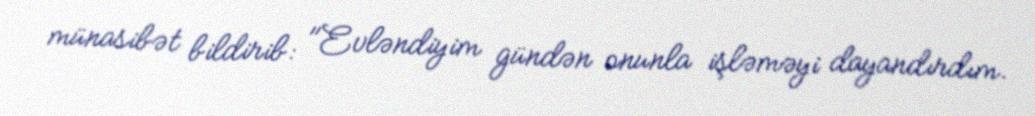
münasibət bildirib: "Evləndiyim gündən onunla işləməyi dayandırdım.